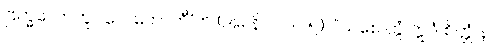
ဗြဟ္မလောကူပဂေါ ဟောတီ’တိ (အ။ နိ။ ၁၁။၁၅)။ “သစေ တွံ ဣဒံ စိတ္တံ န